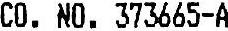
CO. NO. 373665-A